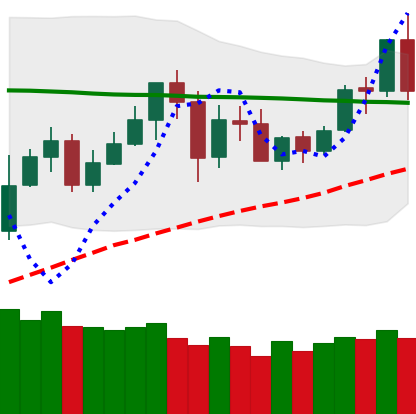
Ticker: BNB-USD
Chart end date: 2020-05-31
Forward return: 3.805%
Label: up_3_5